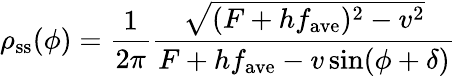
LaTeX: \rho_{\mathrm{ss}}(\phi)=\frac{1}{2\pi}\frac{\sqrt{(F+hf_{\mathrm{ave}})^{2}-v^{2}}}{F+hf_{\mathrm{ave}}-v\sin(\phi+\delta)}